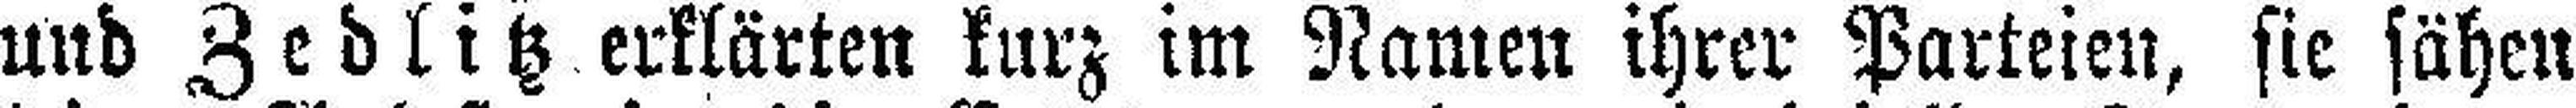
und Zedlitz erklärten kurz im Namen ihrer Parteien, sie sähen